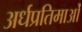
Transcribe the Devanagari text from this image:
अर्धप्रतिमाओं